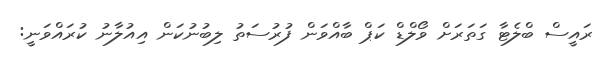
ރައީސް ބްލެޓާ ގަތަރަށް ވޯލްޑް ކަޕް ބާއްވަން ފުރުސަތު ލިބުނުކަން އިއުލާނު ކުރައްވަނީ: